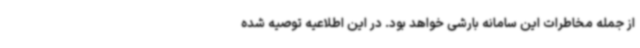
از جمله مخاطرات این سامانه بارشی خواهد بود. در این اطلاعیه توصیه شده